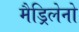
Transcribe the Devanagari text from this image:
मैड्रिलेनो